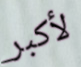
لأكبر